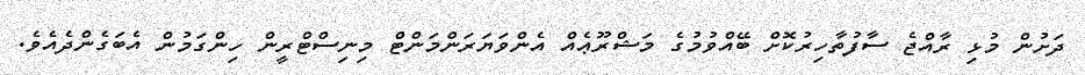
ދަށުން މުޅި ރާއްޖެ ސާފުތާހިރުކޮށް ބޭއްވުމުގެ މަޝްރޫޢެއް އެންވަޔަރަންމަންޓް މިނިސްޓްރީން ހިންގަމުން އެބަގެންދެއެވެ.